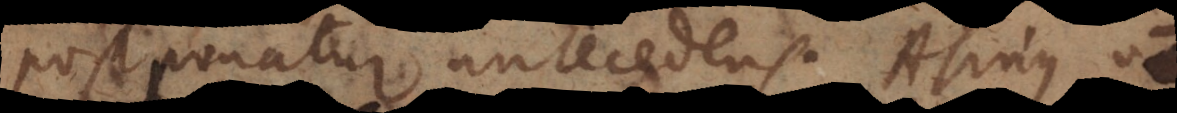
postponatur antecedens. Asinus vola